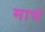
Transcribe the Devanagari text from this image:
माणं